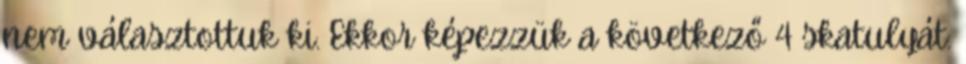
nem választottuk ki. Ekkor képezzük a következő 4 skatulyát: